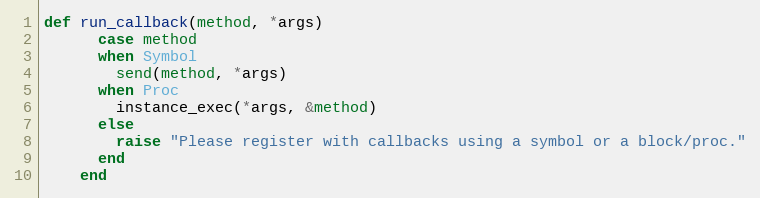
Language: Ruby
def run_callback(method, *args)
      case method
      when Symbol
        send(method, *args)
      when Proc
        instance_exec(*args, &method)
      else
        raise "Please register with callbacks using a symbol or a block/proc."
      end
    end